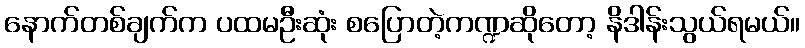
နောက်တစ်ချက်က ပထမဦးဆုံး စပြောတဲ့ကဏ္ဍဆိုတော့ နိဒါန်းသွယ်ရမယ်။